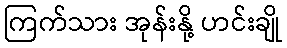
ကြက်သား အုန်းနို့ ဟင်းချို